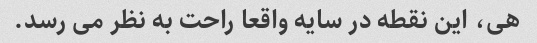
هی، این نقطه در سایه واقعا راحت به نظر می رسد.